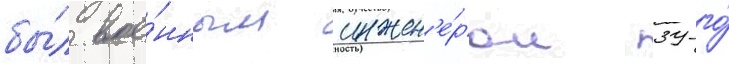
бы́л вое́нным инжен'е́ром 39-го́